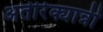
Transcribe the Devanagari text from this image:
अतीरेक्यान्नी